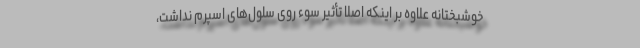
خوشبختانه علاوه بر اینکه اصلاً تأثیر سوء روی سلول‌های اسپرم نداشت،